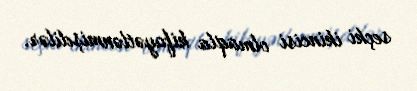
seçki ikincisi olmaqla kifayətlənmişdilər.